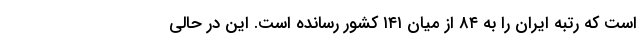
است که رتبه ایران را به ۸۴ از میان ۱۴۱ کشور رسانده است. این در حالی